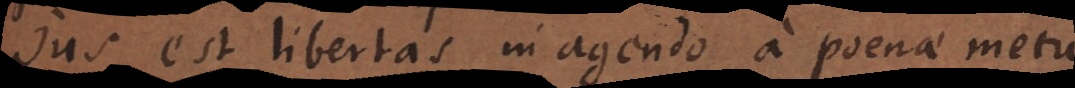
s est libertas in agendo a poenae metu